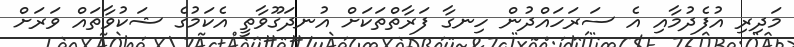
މަދިރި އުފެދުމާއި އެ ސަރަހައްދުން ހިނގާ ފަރާތްތަކަށް އުނދަގޫވާތީ އެކަމުގެ ޝަކުވާތައް ވަރަށް